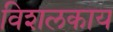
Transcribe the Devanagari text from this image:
विशलकाय